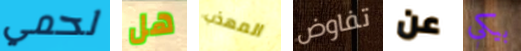
لحمي هل المهذب تفاوض عن بيكي